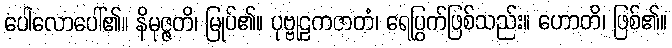
ပေါလောပေါ်၏။ နိမုဇ္ဇတိ၊ မြုပ်၏။ ပုဗ္ဗုဠကဇာတံ၊ ရေပြွက်ဖြစ်သည်း။ ဟောတိ၊ ဖြစ်၏။